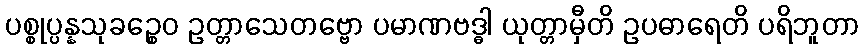
ပစ္စုပ္ပန္နသုခဉ္စေဝ ဥတ္တာသေတဗ္ဗော ပမာဏဗဒ္ဓါ ယုတ္တာမှီတိ ဥပဓာရေတိ ပရိဘူတာ